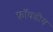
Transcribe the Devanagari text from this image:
फ्रॉयडीय